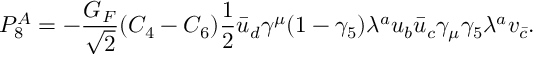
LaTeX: P _ { 8 } ^ { A } = - \frac { G _ { F } } { \sqrt { 2 } } ( C _ { 4 } - C _ { 6 } ) \frac { 1 } { 2 } \bar { u } _ { d } \gamma ^ { \mu } ( 1 - \gamma _ { 5 } ) \lambda ^ { a } u _ { b } \bar { u } _ { c } \gamma _ { \mu } \gamma _ { 5 } \lambda ^ { a } v _ { \bar { c } } .